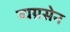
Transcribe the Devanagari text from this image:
व्यग्रसेन